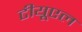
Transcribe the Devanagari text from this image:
टीयूएल